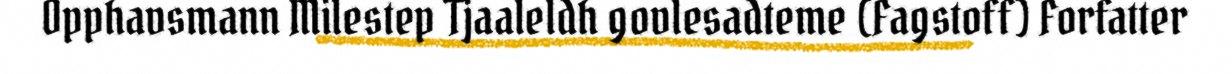
Opphavsmann Milestep Tjaaleldh govlesadteme (Fagstoff) Forfatter